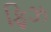
ફિઝ